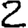
Digit: 2